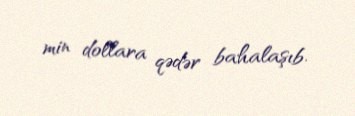
min dollara qədər bahalaşıb.